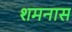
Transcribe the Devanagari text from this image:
शमनास